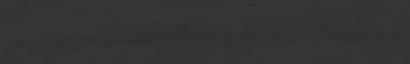
más helyzetben nem szabad blokkolni, hacsak nem támogatja a